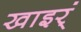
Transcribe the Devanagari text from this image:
खाइर्ं